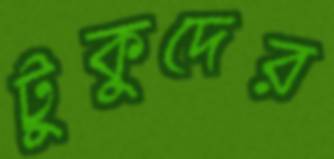
টুকুদের